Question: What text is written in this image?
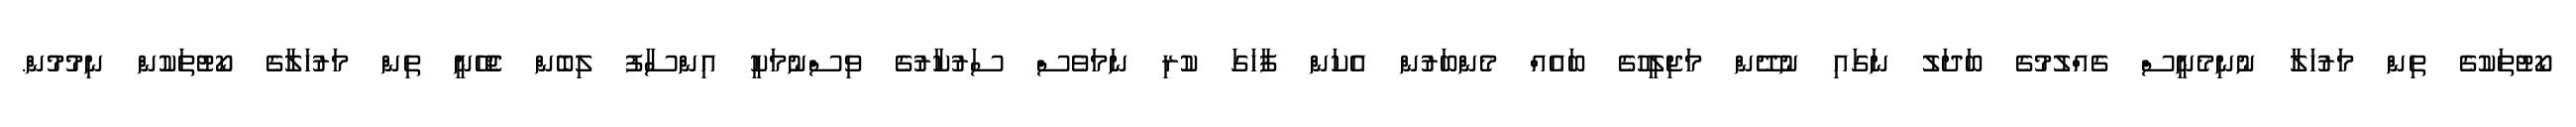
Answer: ކޯޓުތަކުގެ ތިން މަރުހަލާ ނުނިމެނީސް ގެއްލުމުގެ ބަދަލު ނަގައި ނުދޭން މަޖިލީހުގެ ބައެއް މެންބަރުން އެކަން ފާހަގަ ކުރި ނަމަވެސް ސަރުކާރުގެ ވިސްނުމަކީ އިންސާފު ލިބެން ޖެހޭނީ ތިން މަރުހަލާގެ ކޯޓުތަކުން ނިމުމުން.